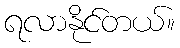
ရလာနိုင်တယ်။